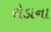
રોડાના